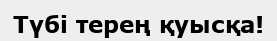
Түбі терең қуысқа!